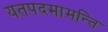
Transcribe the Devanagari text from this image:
यतपदमामन्ति